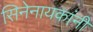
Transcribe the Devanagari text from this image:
सिनेनायकांनी